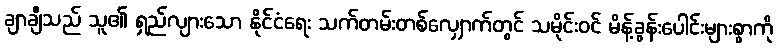
ချာချီသည် သူ၏ ရှည်လျားသော နိုင်ငံရေး သက်တမ်းတစ်လျှောက်တွင် သမိုင်းဝင် မိန့်ခွန်းပေါင်းများစွာကို